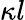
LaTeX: \kappa l